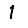
Digit: 1